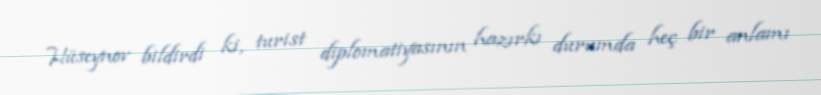
Hüseynov bildirdi ki, turist diplomatiyasının hazırkı durumda heç bir anlamı